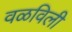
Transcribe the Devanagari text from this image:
वळविली